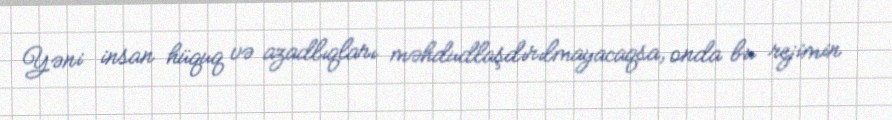
Yəni insan hüquq və azadlıqları məhdudlaşdırılmayacaqsa, onda bu rejimin